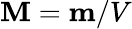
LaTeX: \textbf{M}=\textbf{m}/V